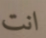
انت